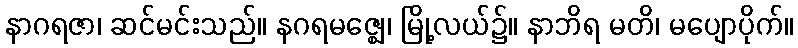
နာဂရဇာ၊ ဆင်မင်းသည်။ နဂရမဇ္ဈေ၊ မြို့လယ်၌။ နာဘိရ မတိ၊ မပျောပိုက်။